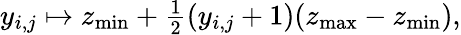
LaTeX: y_{i,j}\mapsto z_{\operatorname*{min}}+\textstyle\frac{1}{2}(y_{i,j}+1)(z_{\operatorname*{max}}-z_{\operatorname*{min}}),